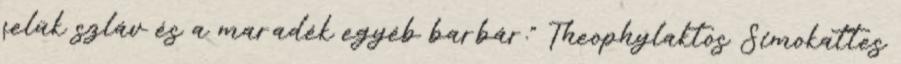
felük szláv és a maradék egyéb barbár." Theophylaktos Simokattes